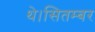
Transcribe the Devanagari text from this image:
थे।सितम्बर